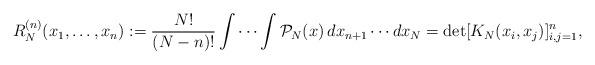
LaTeX: \begin{align*} R^{(n)}_{N}(x_1, \ldots, x_{n}) := \frac{N!}{(N-n)!}\idotsint \mathcal{P}_{N}(x) \,dx_{n+1}\cdots dx_N =\det[ K_N(x_i, x_j) ]_{i,j=1}^n,\end{align*}